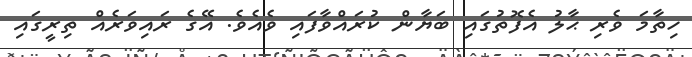
ހިތާމަ ވެރި ޙާލު އެފޮތުގައި ބަޔާން ކުރައްވާފައި ވެއެވެ. އޭގެ ރައިވަރެއް ތިރީގައި